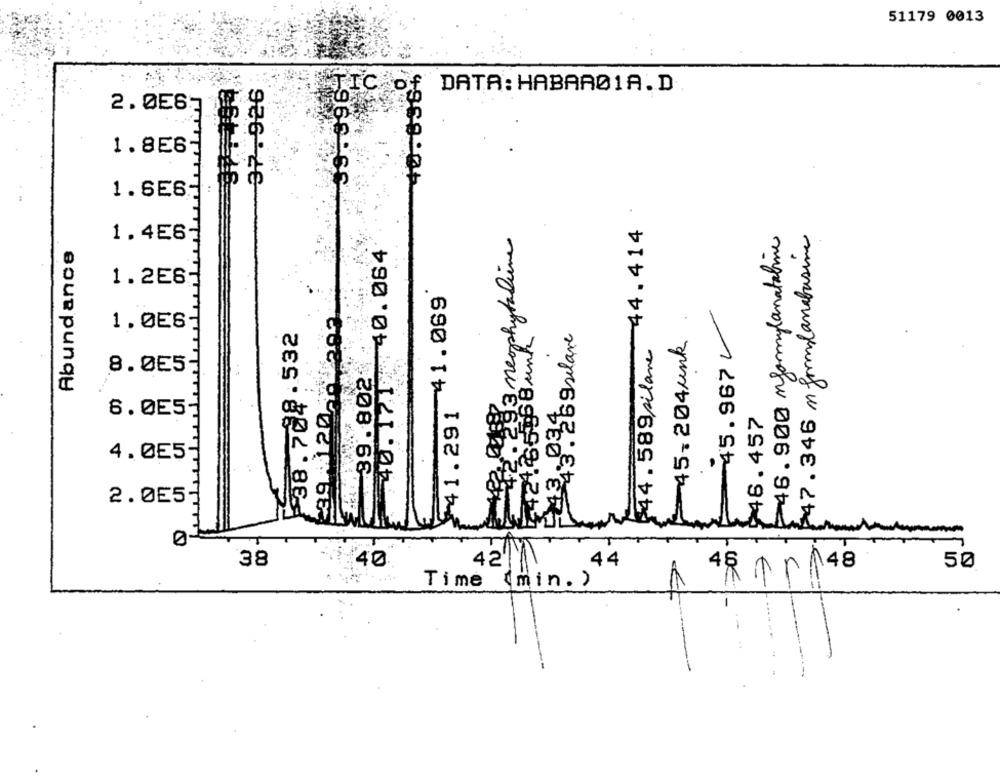
51179 0013
40.636+
37.926
TIC of DATA: HABAR01A.D
2. 0E65
1.8E6
1.6E6
-44.414
2. 293 neophytaline
₹46.900 myomylanatalie
$47.346 m formalanabusive
Abundance
1.4E6
40. 171 40. 064
1.2E6
-41.069
45.967/
289. 120 0 002
1.0ES
-38.704.532
424.65568 unk
13. Essilare
-45- 204unk
44.589 silane
39.802
8.055
¥41.291
6.0E5
46.457
Lu
4.055
2.0E5
0-
38
40
42 11
.44
148
50
Time (min. )